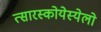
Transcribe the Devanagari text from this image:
त्सारस्कोयेस्येलो